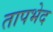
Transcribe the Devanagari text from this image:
तापभेद